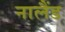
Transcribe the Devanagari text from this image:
नालैंड